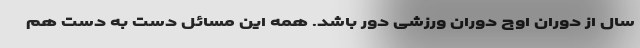
سال از دوران اوج دوران ورزشی دور باشد. همه این مسائل دست به دست هم